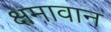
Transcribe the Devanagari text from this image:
क्षमावान